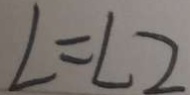
L = L 2